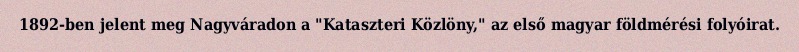
1892-ben jelent meg Nagyváradon a "Kataszteri Közlöny," az első magyar földmérési folyóirat.